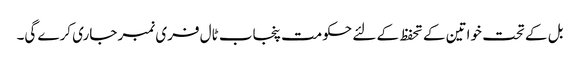
بل کے تحت خواتین کے تحفظ کے لئے حکومت پنجاب ٹال فری نمبر جاری کرے گی۔